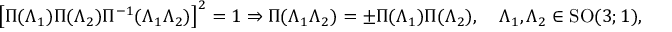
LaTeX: \left[ \Pi ( \Lambda _ { 1 } ) \Pi ( \Lambda _ { 2 } ) \Pi ^ { - 1 } ( \Lambda _ { 1 } \Lambda _ { 2 } ) \right] ^ { 2 } = 1 \Rightarrow \Pi ( \Lambda _ { 1 } \Lambda _ { 2 } ) = \pm \Pi ( \Lambda _ { 1 } ) \Pi ( \Lambda _ { 2 } ) , \quad \Lambda _ { 1 } , \Lambda _ { 2 } \in \mathrm { S O } ( 3 ; 1 ) ,